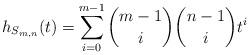
LaTeX: \begin{align*}h_{S_{m,n}}(t)=\sum_{i=0}^{m-1} \binom{m-1}{i}\binom{n-1}{i}t^i\end{align*}